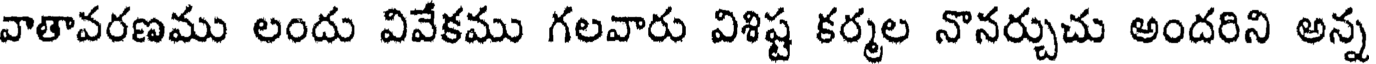
వాతావరణము లందు వివేకము గలవారు విశిష్ట కర్మల నొనర్చుచు అందరిని అన్న